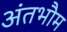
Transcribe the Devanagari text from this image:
अंतभौम